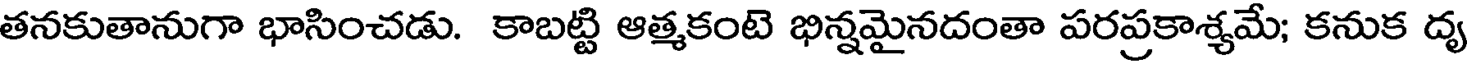
తనకుతానుగా భాసించడు. కాబట్టి ఆత్మకంటె భిన్నమైనదంతా పరప్రకాశ్యమే; కనుక ద్య